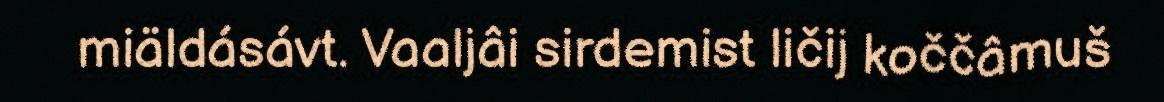
miäldásávt. Vaaljâi sirdemist ličij koččâmuš